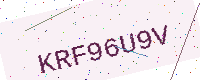
Text: KRF96U9V